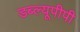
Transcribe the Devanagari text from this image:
डब्ल्यूपीपी